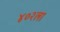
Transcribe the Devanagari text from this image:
४०२ला